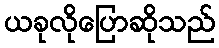
ယခုလိုပြောဆိုသည်